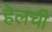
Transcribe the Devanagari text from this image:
हेलची